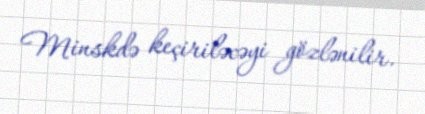
Minskdə keçiriləcəyi gözlənilir.